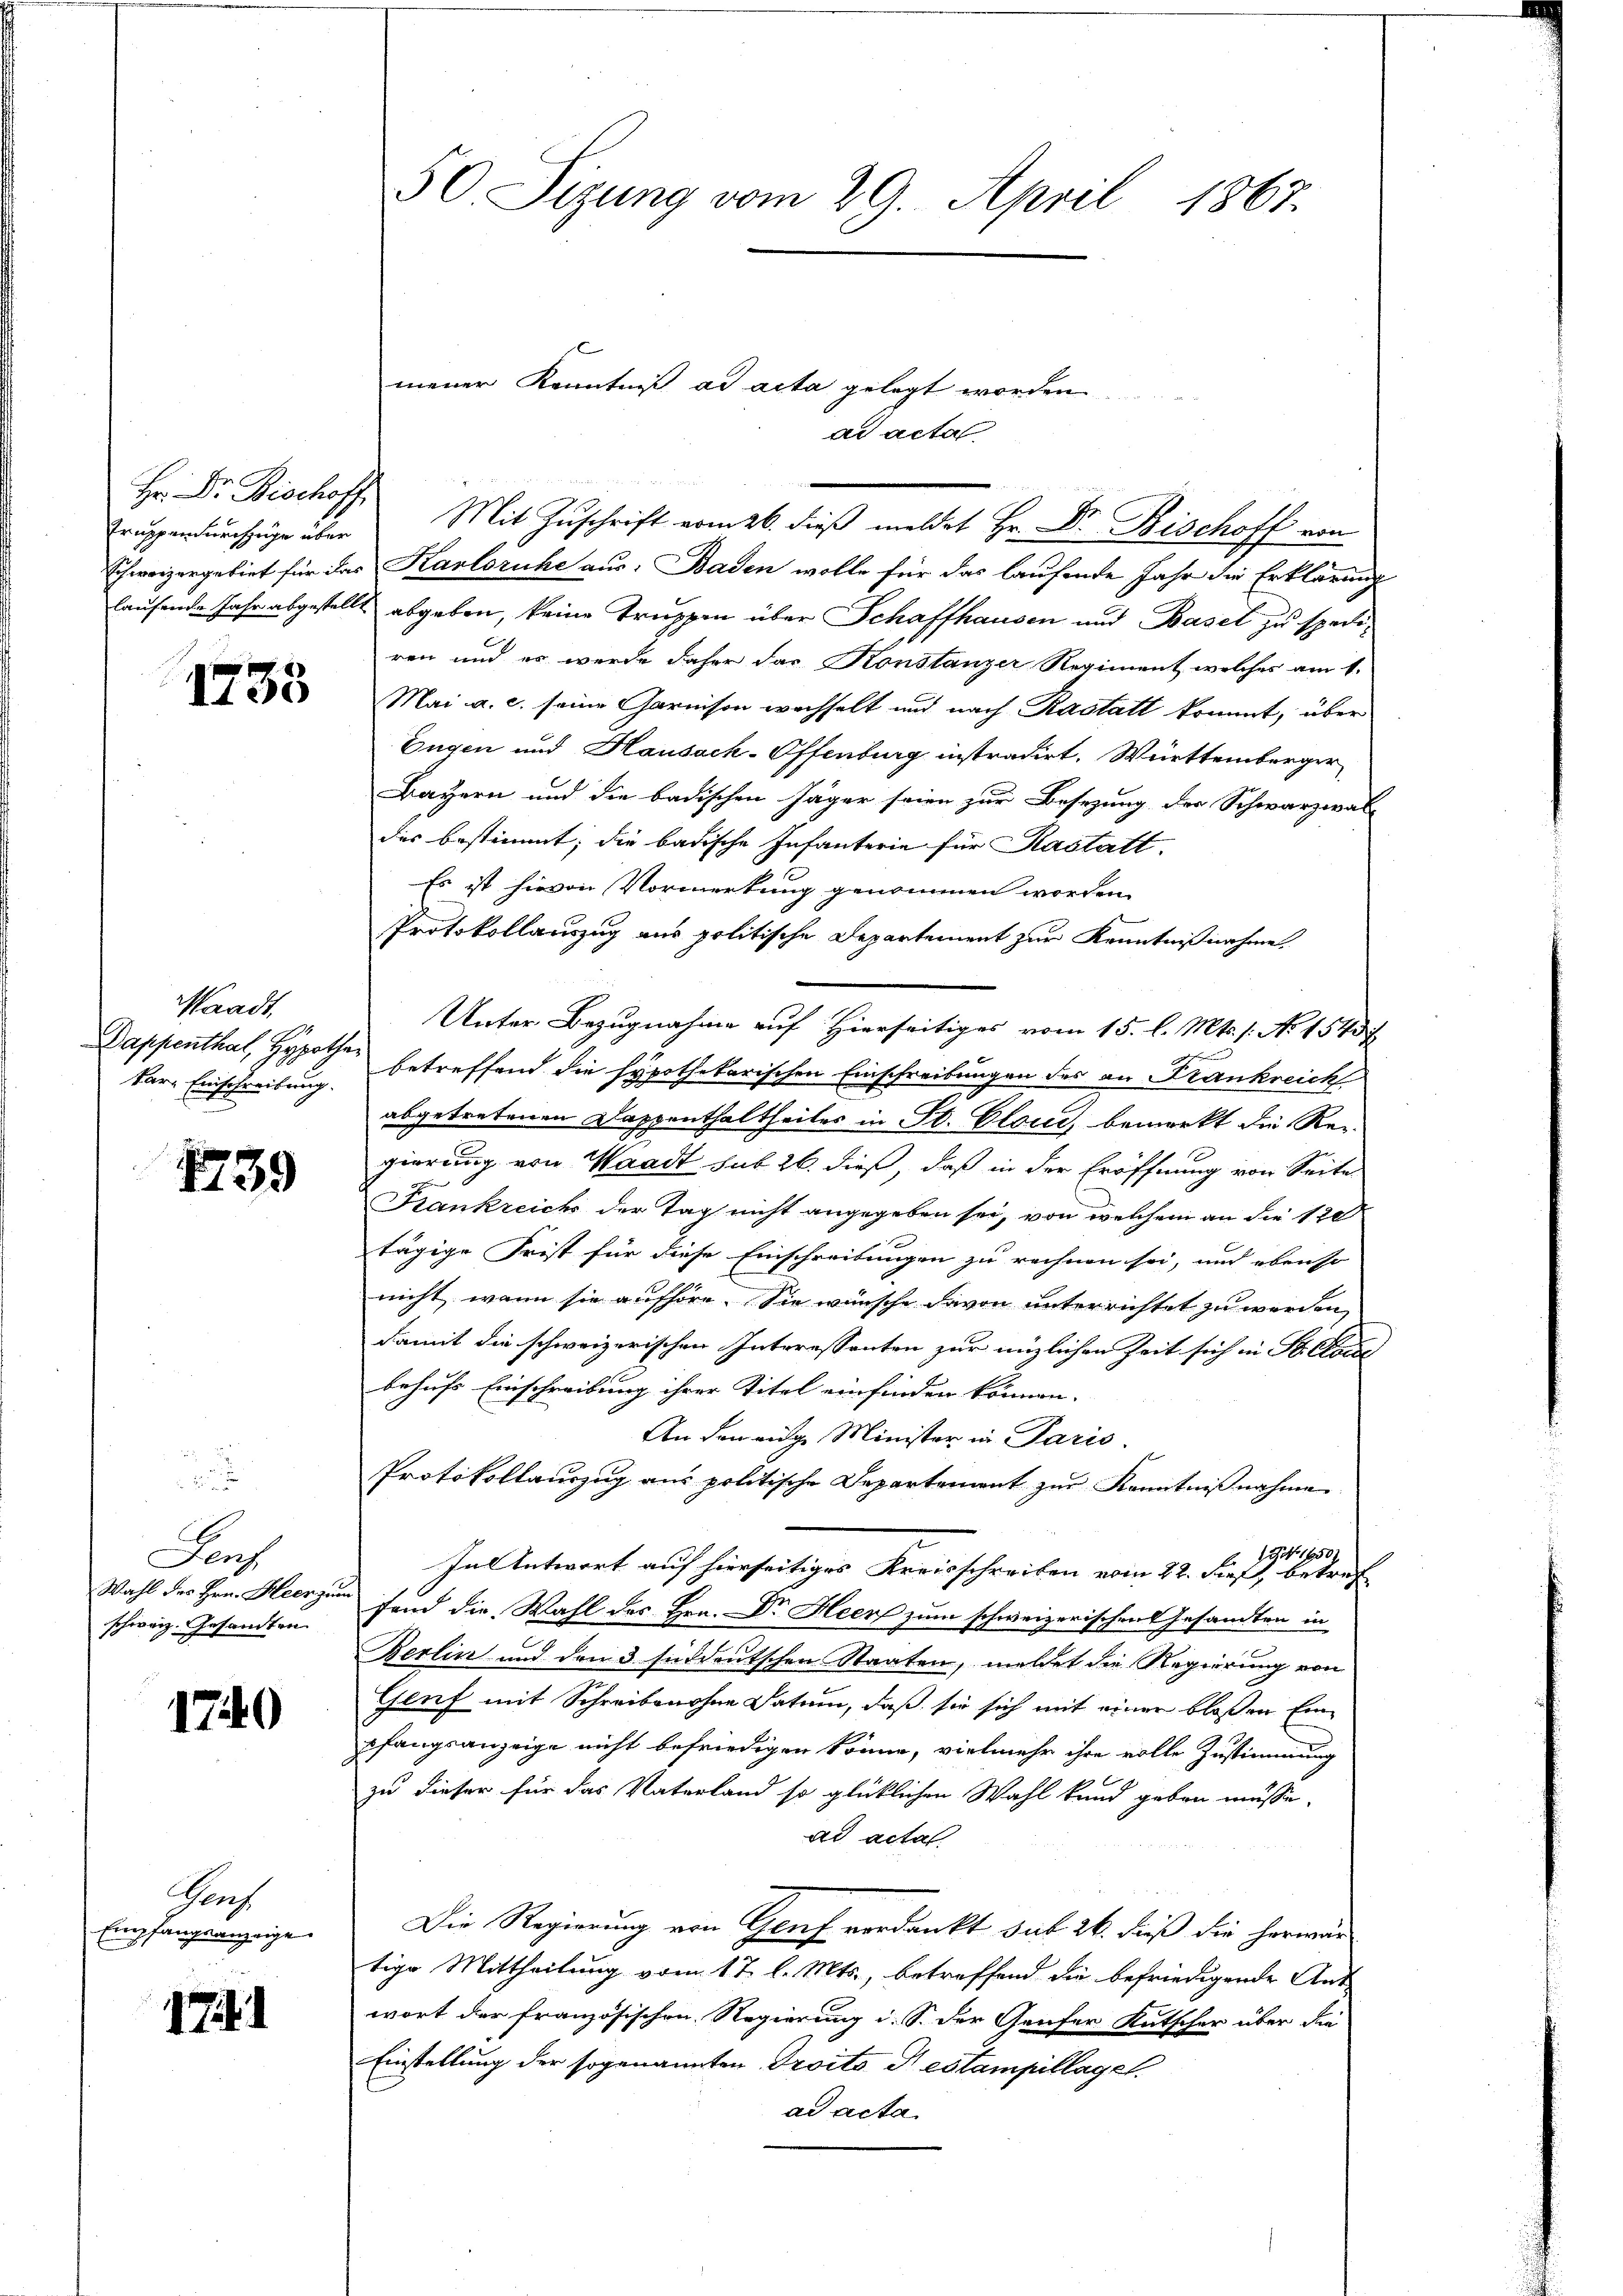
Hr. Dr. Bischoff
Truppen durchzüge über

1735

Waadt,
kar- Einschreibung.

1739

E
Jen
Wahl des Hrn. Heerzin
schweiz. Gesandten

1740

Auch
Empfangsanzeige.

1741

50 Sizung vom 29. April 1867.

mener Kenntniß ad acta gelegt worden.
Mit Zŭschrift vom 26. dieβ meldet Hr. Dr. Bischoff von

ad acta

Schweizergebiet für das Kantoruhe aus: Baden wolle für das laufende Jahr die Erklärung
laufende Jahr abgestellt abgeben, keine Truppen über Schaffhausen und Basel zu spediren und es werde daher das Konstanzer Regiment, welches am 1.
Mai a. c. seine Garnison wechselt und nach Rastatt kommt, über
Eugen und Hausack-Offenburg instradirt. Württemberger
Bayern und die badischen Jäger seien zur Besezung der Schwarzwal-
des bestimmt, die badische Infanterie für Kastatt.
Es ist hievon Vormerkung genommen worden.
Protokollauszug aus politische Departement zur Kenntnißnahme.
Unter Bezugnahme auf Hierseitiges vom 15. l. Mts. s. No 1543 f
Dappenthal, Hypothes betreffend die hypothekarischen Einschreibungen des an Frankreich
abgetretenen Dappenthaltheiles in St. Cloci, bemerkt die Re-
gierung von Waadt sub 26. dieß, daß in der Eröffnung von Seite
Kankreichs der Tag nicht angegeben sei, von welchem an die 120
tägige Frist für diese Einschreibungen zu rechnen sei, und ebenso
nicht, wenn sie aufhöre. Sie wünsche davon unterrichtet zu werden,
damit die schweizerischen Interessanten zur nüzlichen Zeit sich in St. Concl
behufs Einschreibung ihrer Titel einfinden können.
An Sonenge Minister in Paris.
Protokollauszug aus politische Departement zŭr Kenntniβnahme
N 16502
In Antwort auf hierseitiges Kreisschreiben vom 22. dieß, betref
u
fand die Wahl des Hrn. Dr. Heer zum schweizerischen Gesandten in
Berlin und den 3 süddeutschen Staaten, meldet die Regierung von
Genf mit Schreiben ohne Datum, daß sie sich mit einer bloßen Einpfangsanzeige nicht befriedigen könne, vielmehr ihre volle Zustimmung
zu dieser für das Vaterland so glücklichen Wahl kund geben müsse.
ad actat.
Die Regierung von Genf verdankt sub 26. dieß die herwär
tige Mittheilung vom 17. l. Mts., betreffend die befriedigende Aus
wort der französischen Regierung d. S. der Genfer Kutscher über die
Einstellung der sogenannten Droits Testampillagen.
ad acta